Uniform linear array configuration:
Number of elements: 8
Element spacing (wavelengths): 0.25
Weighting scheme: cosine
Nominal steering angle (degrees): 15
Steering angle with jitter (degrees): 16.068
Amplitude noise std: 0.05
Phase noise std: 0.05

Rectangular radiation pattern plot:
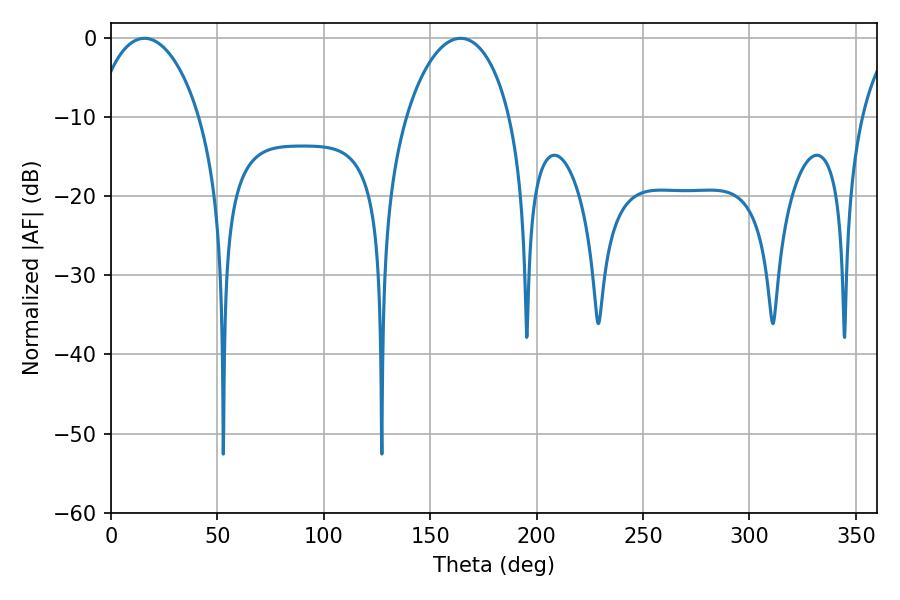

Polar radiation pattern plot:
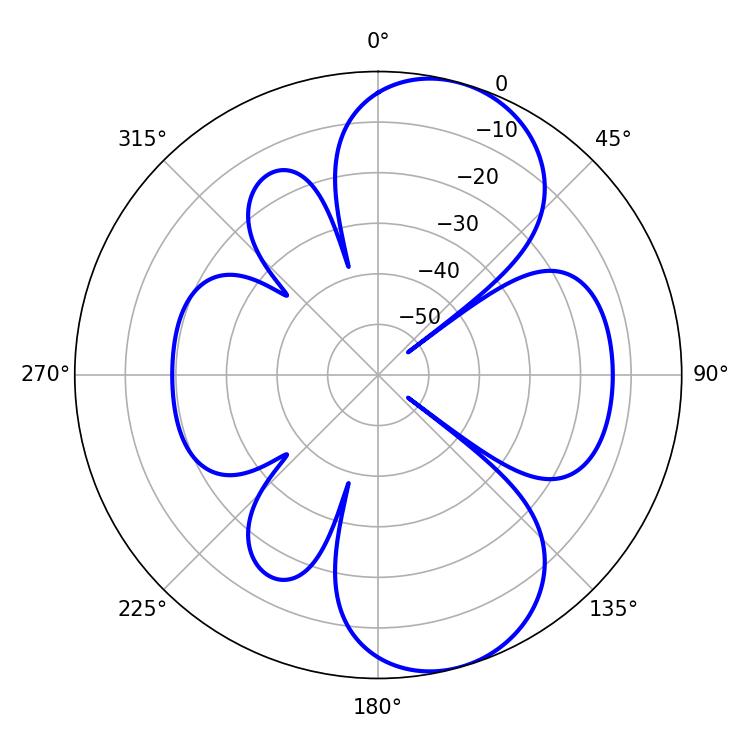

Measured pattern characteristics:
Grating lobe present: FALSE
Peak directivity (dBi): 8.258
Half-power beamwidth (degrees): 27.9
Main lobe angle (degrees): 15.66